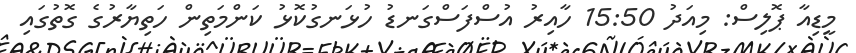
މީޑިއާ ޕޮލިސް: މިއަދު 15:50 ހާއިރު އުސްފަސްގަނޑު ހުޅަނގުކޮޅު ކަންމަތިން ހަތިޔާރުގެ ގޮތުގައި